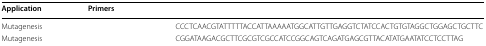
<table><thead><tr><td><b>Application</b></td><td><b>Primers</b></td><td>[EMPTY_CELL]</td></tr></thead><tbody><tr><td>Mutagenesis</td><td>[EMPTY_CELL]</td><td>CCCTCAACGTATTTTTACCATTAAAAATGGCATTGTTGAGGTCTATCCACTGTGTAGGCTGGAGCTGCTTC</td></tr><tr><td>Mutagenesis</td><td>[EMPTY_CELL]</td><td>CGGATAAGACGCTTCGCGTCGCCATCCGGCAGTCAGATGAGCGTTACATATGAATATCCTCCTTAG</td></tr></tbody></table>